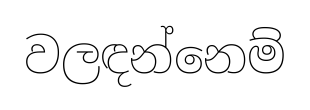
වලඳන්නෙම්